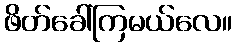
ဖိတ်ခေါ်ကြမယ်လေ။